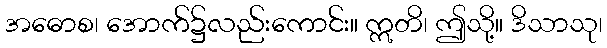
အဓောစ၊ အောက်၌လည်းကောင်း။ ဣတိ၊ ဤသို့။ ဒိသာသု၊